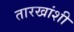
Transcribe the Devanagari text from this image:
तारखांशी